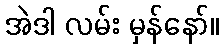
အဲဒါ လမ်း မှန်နော်။